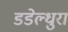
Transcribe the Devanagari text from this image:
डडेल्धुरा